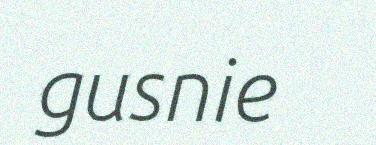
gusnie